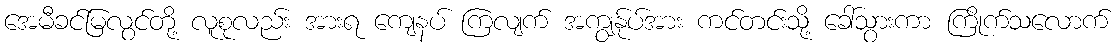
အေမီခင်မြလွင်တို့ လူစုလည်း အားရ ကျေနပ် ကြလျက် အကျွန်ုပ်အား ကင်တင်းသို့ ခေါ်သွားကာ ကြိုက်သလောက်